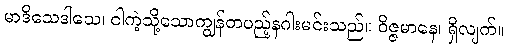
မာဒိသေဒါသေ၊ ငါကဲ့သို့သောကျွန်တပည့်နဂါးမင်းသည်။ ဝိဇ္ဇမာနေ၊ ရှိလျက်။